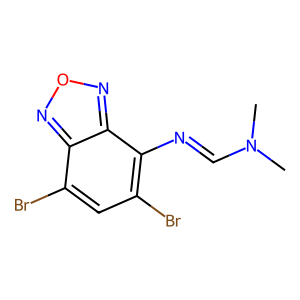
SMILES: CN(C)C=Nc1c(Br)cc(Br)c2nonc12
Inhibits HIV replication: No